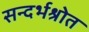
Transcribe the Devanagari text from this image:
सन्दर्भश्रोत